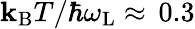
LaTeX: \mathbf{k}_{\mathrm{{B}}}T/\hbar\omega_{\mathrm{{L}}}\approx\, 0.3